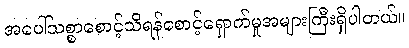
အပေါ်သစ္စာစောင့်သိရန်စောင့်ရှောက်မှုအများကြီးရှိပါတယ်။